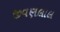
જીવણલાલ